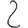
Digit: 2